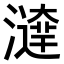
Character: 𤀱